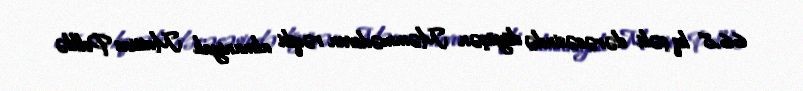
66,8 kq çəki dərəcəsində döyüşən Məmmədovun rəqibi almaniyalı Mattias Pelklə